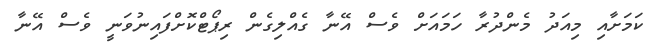
ކަމަށާއި މިއަދު މެންދުރާ ހަމައަށް ވެސް އޭނާ ގެއްލިގެން ރިޕޯޓްކޮށްފައިނުވަނީ ވެސް އޭނާ